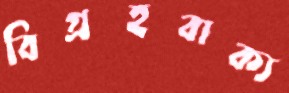
বিগ্রহবাক্য